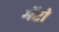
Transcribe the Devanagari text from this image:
मेंटो